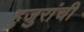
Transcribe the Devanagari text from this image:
हुजुरांची